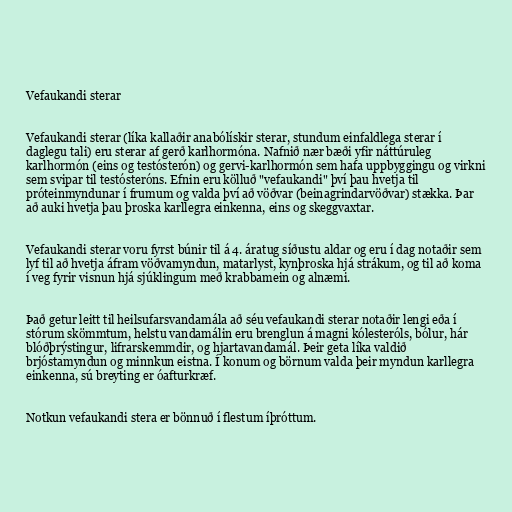
Vefaukandi sterar

Vefaukandi sterar (líka kallaðir anabólískir sterar, stundum einfaldlega sterar í
daglegu tali) eru sterar af gerð karlhormóna. Nafnið nær bæði yfir náttúruleg
karlhormón (eins og testósterón) og gervi-karlhormón sem hafa uppbyggingu og virkni
sem svipar til testósteróns. Efnin eru kölluð "vefaukandi" því þau hvetja til
próteinmyndunar í frumum og valda því að vöðvar (beinagrindarvöðvar) stækka. Þar
að auki hvetja þau þroska karllegra einkenna, eins og skeggvaxtar.

Vefaukandi sterar voru fyrst búnir til á 4. áratug síðustu aldar og eru í dag notaðir sem
lyf til að hvetja áfram vöðvamyndun, matarlyst, kynþroska hjá strákum, og til að koma
í veg fyrir visnun hjá sjúklingum með krabbamein og alnæmi.

Það getur leitt til heilsufarsvandamála að séu vefaukandi sterar notaðir lengi eða í
stórum skömmtum, helstu vandamálin eru brenglun á magni kólesteróls, bólur, hár
blóðþrýstingur, lifrarskemmdir, og hjartavandamál. Þeir geta líka valdið
brjóstamyndun og minnkun eistna. Í konum og börnum valda þeir myndun karllegra
einkenna, sú breyting er óafturkræf.

Notkun vefaukandi stera er bönnuð í flestum íþróttum.